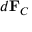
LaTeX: d \mathbf { F } _ { C } \,